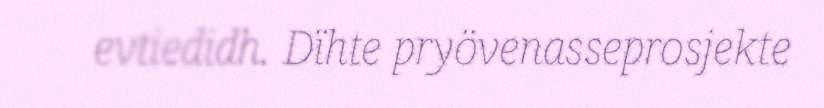
evtiedidh. Dïhte pryövenasseprosjekte